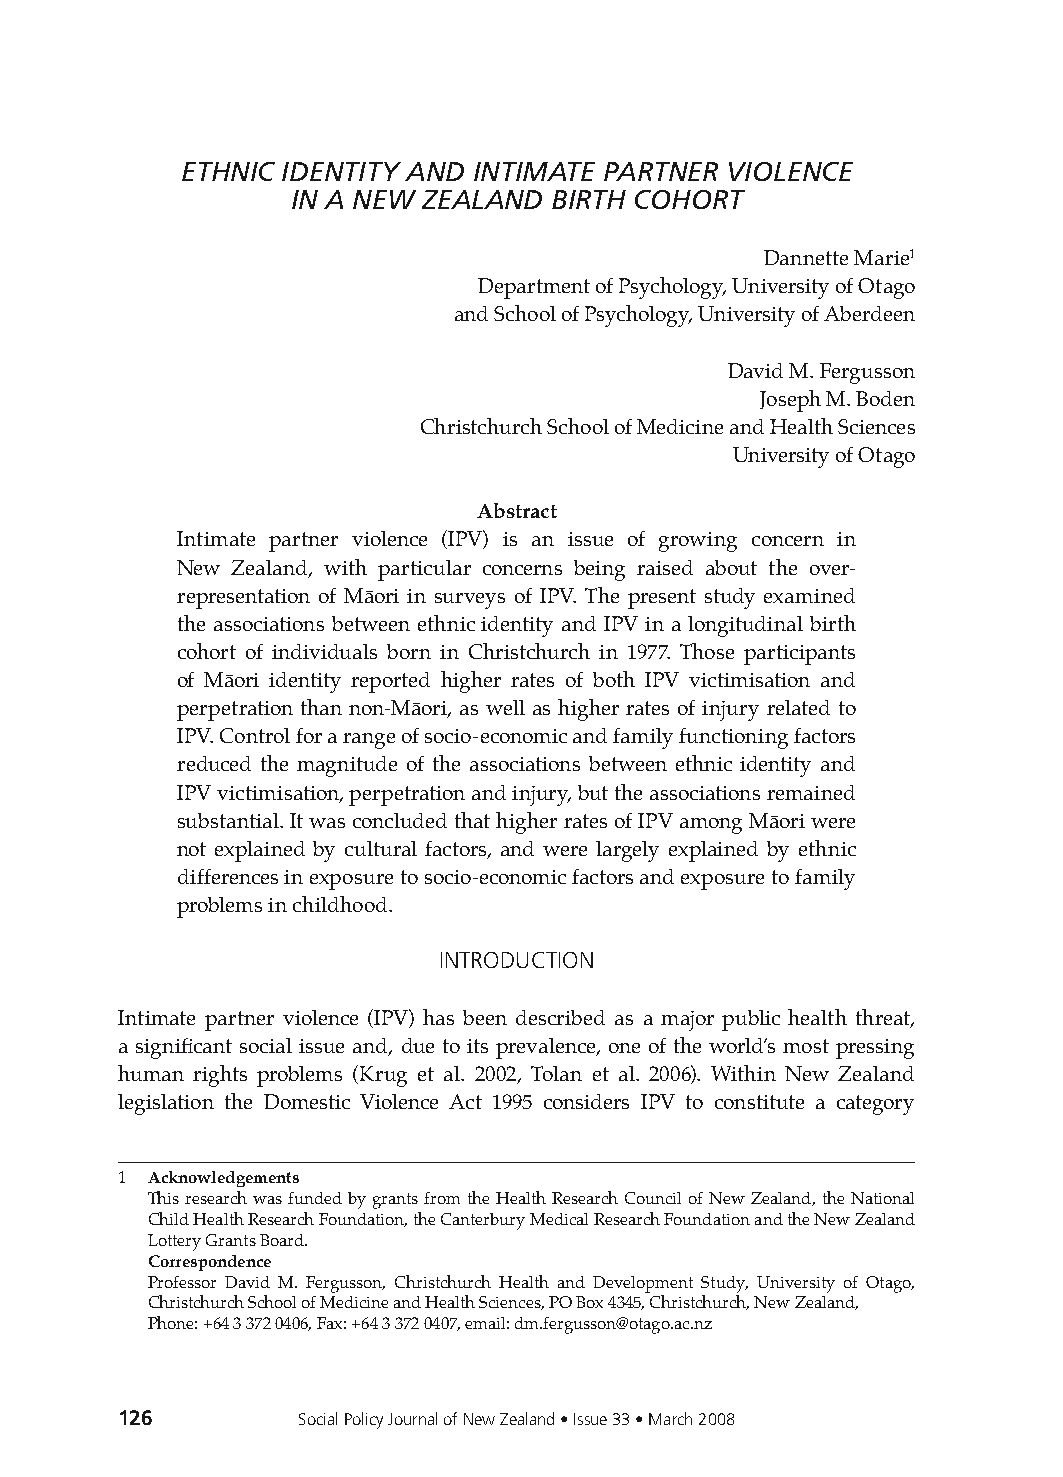
eThNic iDeNTiTy aND iNTimaTe ParTNer ViOLeNce
 iN a NeW ZeaLaND BirTh cOhOrT
 Dannette Marie1
 Department of Psychology, University of Otago
 and School of Psychology, University of Aberdeen
 David M. Fergusson
 Joseph M. Boden
 Christchurch School of Medicine and Health Sciences
 University of Otago
 Abstract
 Intimate partner violence (IPV) is an issue of growing concern in
 New Zealand, with particular concerns being raised about the over-
 representation of Māori in surveys of IPV. The present study examined
 the associations between ethnic identity and IPV in a longitudinal birth
 cohort of individuals born in Christchurch in 1977. Those participants
 of Māori identity reported higher rates of both IPV victimisation and
 perpetration than non-Māori, as well as higher rates of injury related to
 IPV. Control for a range of socio-economic and family functioning factors
 reduced the magnitude of the associations between ethnic identity and
 IPV victimisation, perpetration and injury, but the associations remained
 substantial. It was concluded that higher rates of IPV among Māori were
 not explained by cultural factors, and were largely explained by ethnic
 differences in exposure to socio-economic factors and exposure to family
 problems in childhood.
 INTRODuCTION
 Intimate partner violence (IPV) has been described as a major public health threat,
 a significant social issue and, due to its prevalence, one of the world’s most pressing
 human rights problems (Krug et al. 2002, Tolan et al. 2006). Within New Zealand
 legislation the Domestic Violence Act 1995 considers IPV to constitute a category
 1 Acknowledgements
 This research was funded by grants from the Health Research Council of New Zealand, the National
 Child Health Research Foundation, the Canterbury Medical Research Foundation and the New Zealand
 Lottery Grants Board.
 Correspondence
 Professor David M. Fergusson, Christchurch Health and Development Study, University of Otago,
 Christchurch School of Medicine and Health Sciences, PO Box 4345, Christchurch, New Zealand,
 Phone: +64 3 372 0406, Fax: +64 3 372 0407, email: dm.fergusson@otago.ac.nz
 126         Social Policy Journal of New Zealand • Issue 33 • March 2008